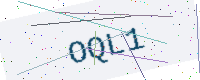
Text: OQL1